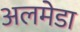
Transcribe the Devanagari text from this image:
अलमेडा